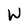
Character: W